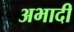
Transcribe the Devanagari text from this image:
अभादी